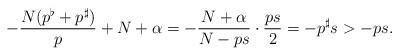
LaTeX: \begin{align*}-\frac{N(p^\flat + p^\sharp)}{p}+N+\alpha=-\frac{N+\alpha}{N-ps}\cdot\frac{ps}{2}=-p^\sharp s>-ps.\end{align*}